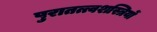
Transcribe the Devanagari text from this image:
पुरातत्त्वशस्त्रियों